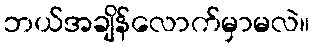
ဘယ်အချိန်လောက်မှာမလဲ။